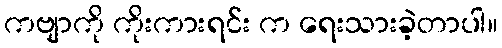
ကဗျာကို ကိုးကားရင်း က ရေးသားခဲ့တာပါ။